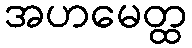
အဟမေတ္ထ